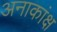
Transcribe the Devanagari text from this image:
अनाकांक्ष